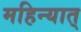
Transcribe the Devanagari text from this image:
महिन्यात्